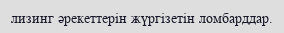
лизинг әрекеттерін жүргізетін ломбарддар.